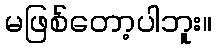
မဖြစ်တော့ပါဘူး။